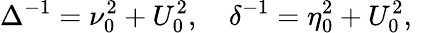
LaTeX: \Delta^{-1}=\nu_{0}^{2}+U_{0}^{2},\quad\delta^{-1}=\eta_{0}^{2}+U_{0}^{2},\quad